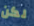
لكن